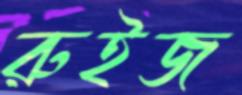
রুইজ